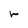
Character: r